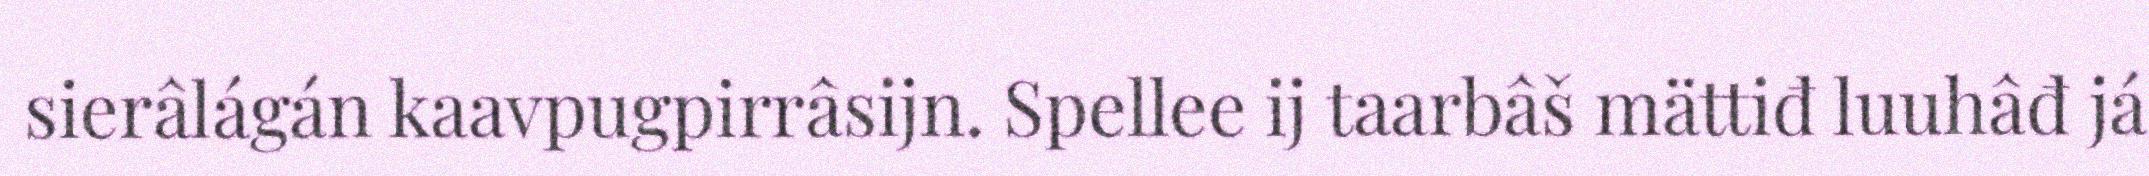
sierâlágán kaavpugpirrâsijn. Spellee ij taarbâš mättiđ luuhâđ já